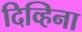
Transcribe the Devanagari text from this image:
दिव्हिना